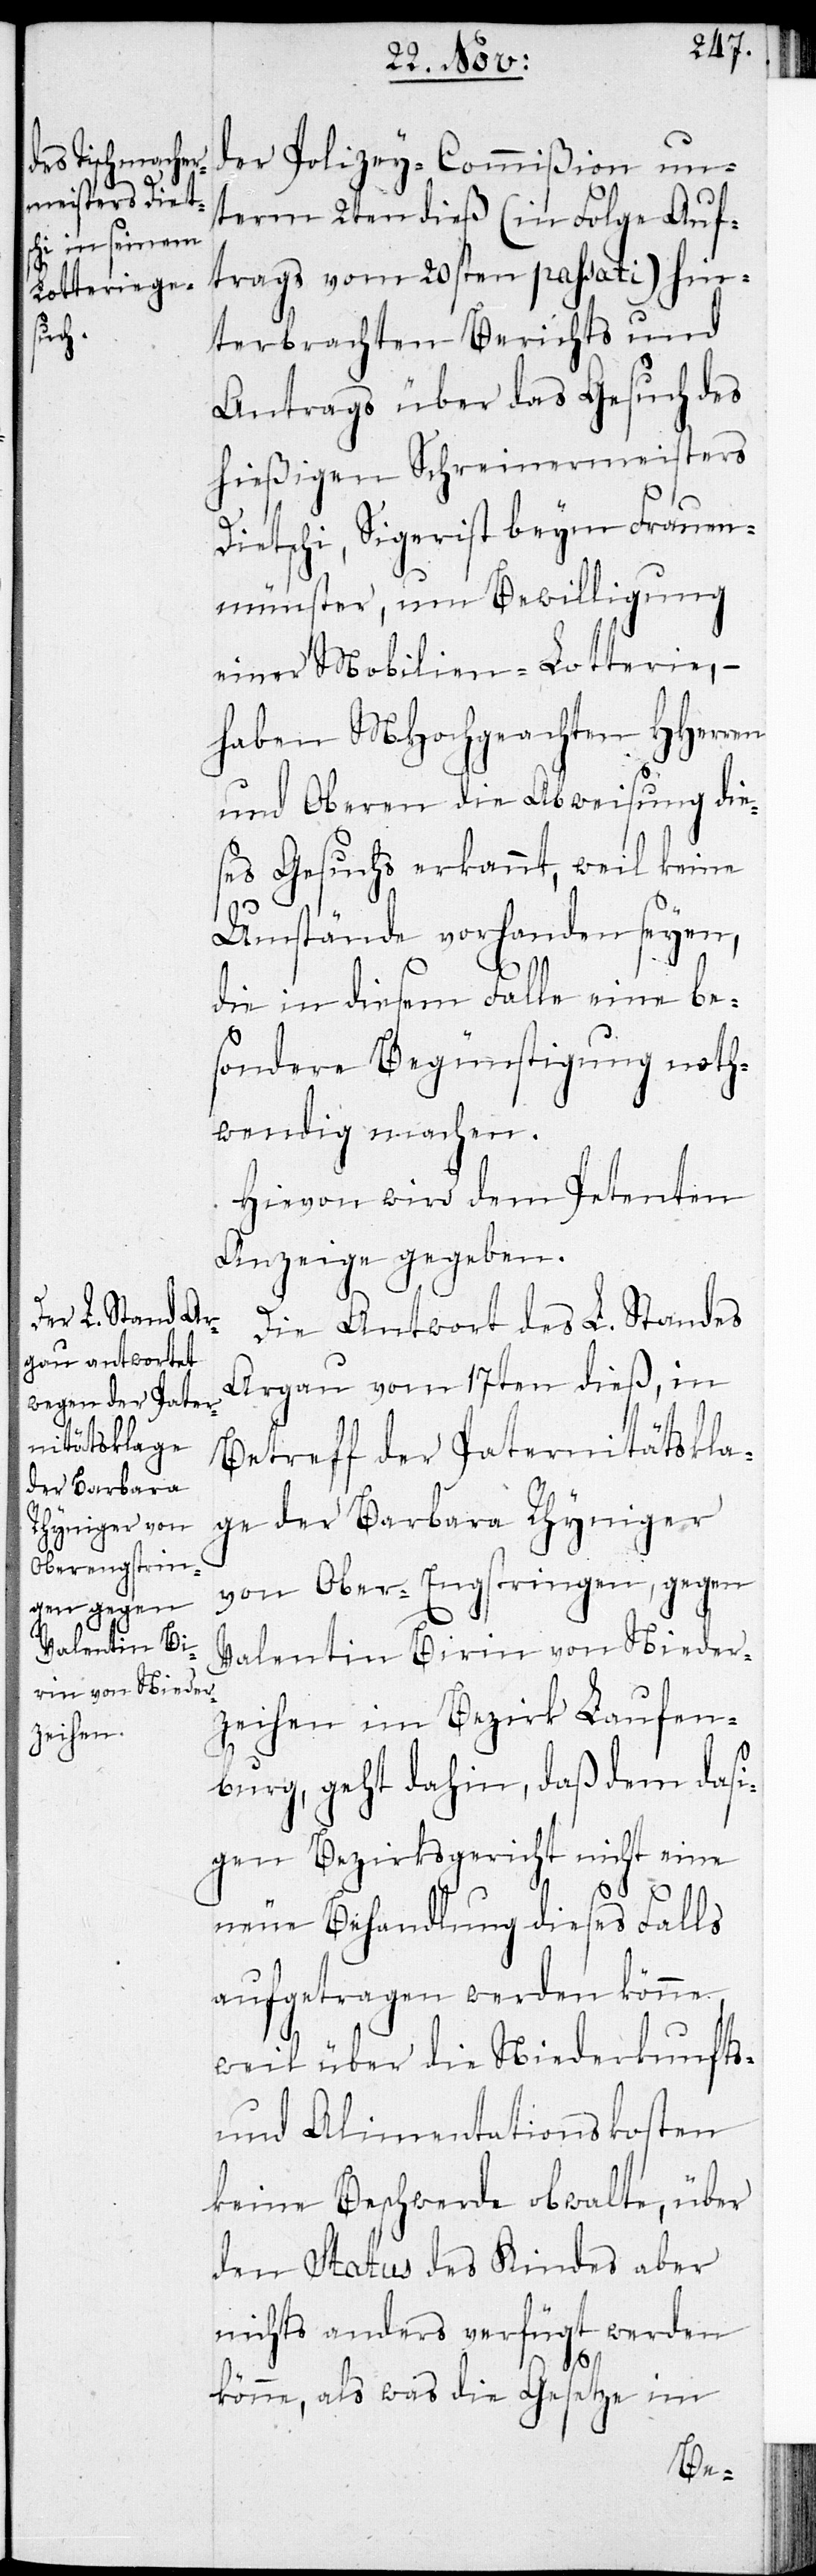
der Polizey-Commißion un¬
term 2ten dieß (in Folge Auf¬
trags vom 20sten passati) hin¬
terbrachten Berichts und
Antrags über das Gesuch des
hießigen Schreinermeisters
Dietschi, Sigerist beym Frauen¬
münster, um Bewilligung
einer Mobilien-Lotterie, –
haben MHochgeachten HHerren
und Oberen die Abweisung die¬
ses Gesuchs erkannt, weil keine
Umstände vorhanden seyen,
die in diesem Falle eine be¬
sondere Begünstigung noth¬
wendig machen.
Hievon wird dem Petenten
Anzeige gegeben.
Die Antwort des L. Standes
Aargau vom 17ten dieß, in
Betreff der Paternitätsklage
der Barbara
Rhyniger von
Oberengstrin¬
gen, gegen
Valentin Birin von Nieder¬
zeihen, im Bezirk Laufen¬
burg, geht dahin, daß dem dasi¬
gen Bezirksgericht nicht eine
neue Behandlung dieses Falls
aufgetragen werden könne,
weil über die Niederkunfts-
und Alimentationskosten
keine Beschwerde obwalte, über
den Status des Kindes aber
nichts anderes verfügt werden
könne, als was die Gesetze im